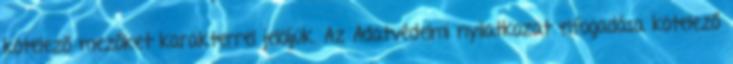
kötelező mezőket karakterrel jelöljük. Az Adatvédelmi nyilatkozat elfogadása kötelező